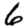
Digit: 6